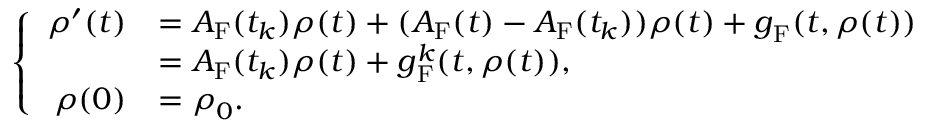
\left\{ \begin{array} { r l } { \boldsymbol \rho ^ { \prime } ( t ) } & { = A _ { \mathrm { F } } ( t _ { k } ) \boldsymbol \rho ( t ) + ( A _ { \mathrm { F } } ( t ) - A _ { \mathrm { F } } ( t _ { k } ) ) \boldsymbol \rho ( t ) + \boldsymbol g _ { \mathrm { F } } ( t , \boldsymbol \rho ( t ) ) } \\ & { = A _ { \mathrm { F } } ( t _ { k } ) \boldsymbol \rho ( t ) + \boldsymbol g _ { \mathrm { F } } ^ { k } ( t , \boldsymbol \rho ( t ) ) , } \\ { \boldsymbol \rho ( 0 ) } & { = \boldsymbol \rho _ { 0 } . } \end{array} \right.